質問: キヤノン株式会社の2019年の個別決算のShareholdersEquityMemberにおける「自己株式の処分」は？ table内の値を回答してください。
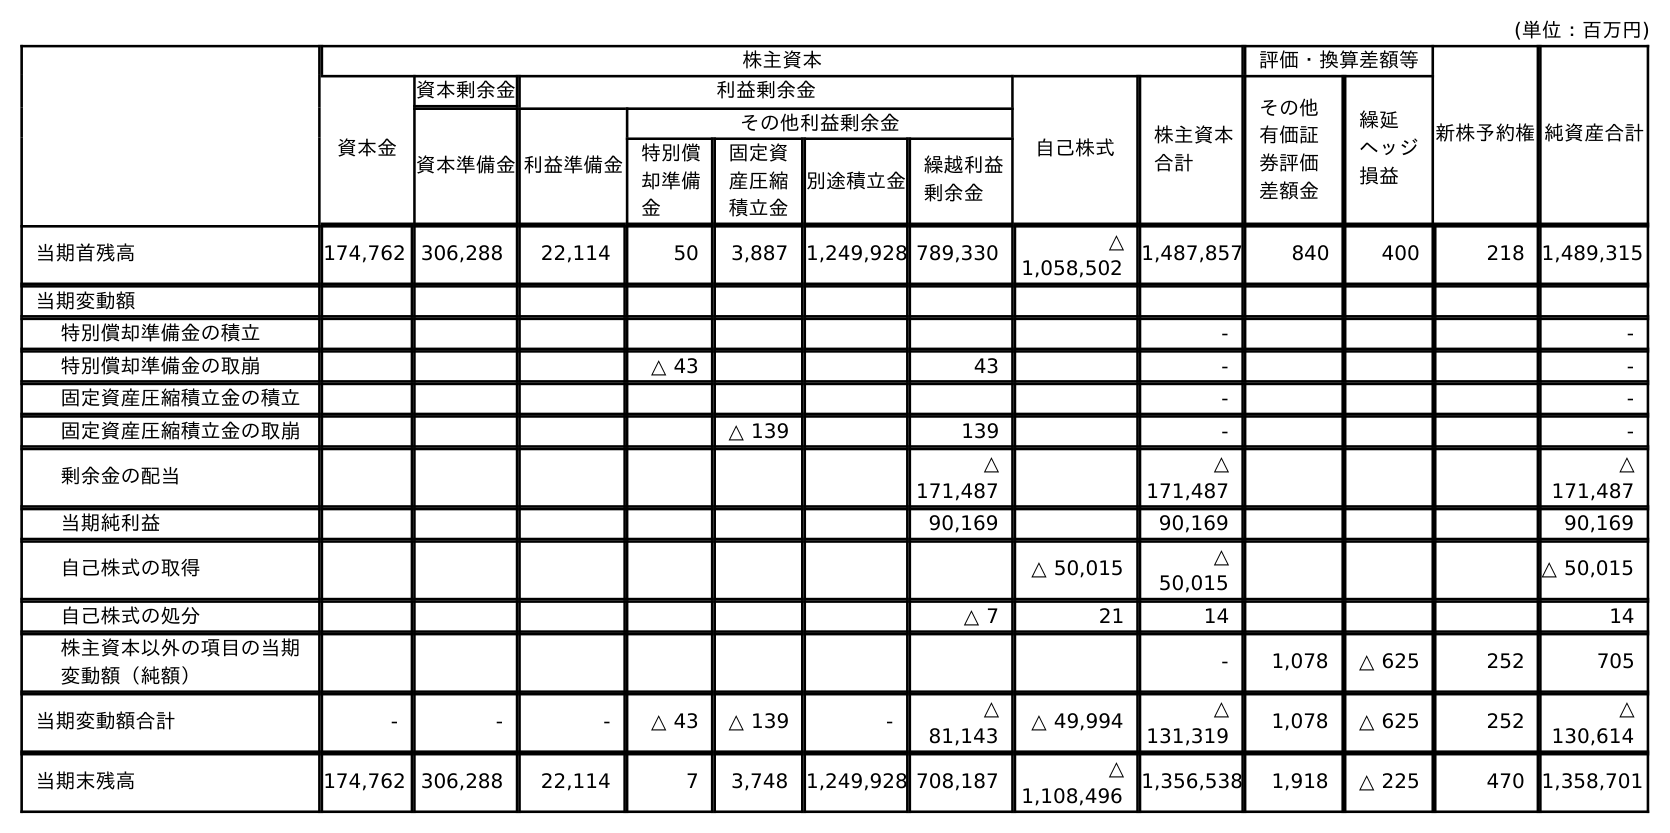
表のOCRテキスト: (単位：百万円) 株主資本 評価・換算差額等 新株予約権純資産合計 資本金 資本剰余金 利益剰余金 自己株式 株主資本 合計 その他 有価証 券評価 差額金 繰延 ヘッジ 損益 資本準備金利益準備金 その他利益剰余金 特別償 却準備 金 固定資 産圧縮 積立金 別途積立金 繰越利益 剰余金 当期首残高 174,762 306,288 22,114 50 3,887 1,249,928 789,330 △ 1,058,502 1,487,857 840 400 218 1,489,315 当期変動額 特別償却準備金の積立 - - 特別償却準備金の取崩 △ 43 43 - - 固定資産圧縮積立金の積立 - - 固定資産圧縮積立金の取崩 △ 139 139 - - 剰余金の配当 △ 171,487 △ 171,487 △ 171,487 当期純利益 90,169 90,169 90,169 自己株式の取得 △ 50,015 △ 50,015 △ 50,015 自己株式の処分 △ 7 21 14 14 株主資本以外の項目の当期 変動額（純額） - 1,078 △ 625 252 705 当期変動額合計 - - - △ 43 △ 139 - △ 81,143 △ 49,994 △ 131,319 1,078 △ 625 252 △ 130,614 当期末残高 174,762 306,288 22,114 7 3,748 1,249,928 708,187 △ 1,108,496 1,356,538 1,918 △ 225 470 1,358,701
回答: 14